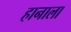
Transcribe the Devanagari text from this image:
हानाला